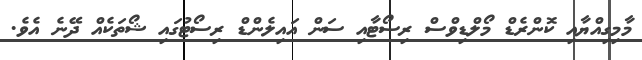
މާމިގިއްޔާއި ކޮންރެޑް މޯލްޑިވްސް ރިސޯޓާއި ސަން އައިލެންޑް ރިސޯޓުގައި ޝޯތަކެއް ދޭނެ އެވެ.